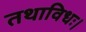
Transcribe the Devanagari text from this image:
तथाविधः।